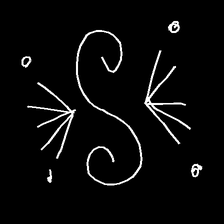
Glyph: aeroform